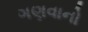
ગણવાનો